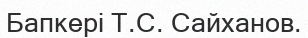
Бапкері Т.С. Сайханов.